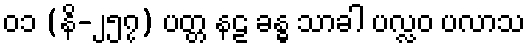
၀၁ (နိ-၂၅၇) ပတ္တ နဠ ခန္ဓ သာခါ ပလ္လဝ ပလာသ